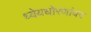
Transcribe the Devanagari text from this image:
ध्येयधोरणांवर